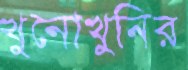
খুনোখুনির